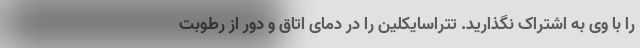
را با وی به اشتراک نگذارید. تتراسایکلین را در دمای اتاق و دور از رطوبت